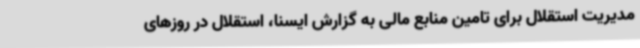
مدیریت استقلال برای تامین منابع مالی به گزارش ایسنا، استقلال در روزهای